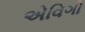
એવિગો